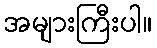
အများကြီးပါ။